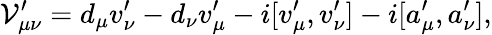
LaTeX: {\cal V}_{\mu\nu}^{\prime}=d_{\mu}v_{\nu}^{\prime}-d_{\nu}v_{\mu}^{\prime}-i[v_{\mu}^{\prime},v_{\nu}^{\prime}]-i[a_{\mu}^{\prime},a_{\nu}^{\prime}],